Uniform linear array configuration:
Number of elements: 16
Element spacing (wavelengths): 0.75
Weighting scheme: uniform
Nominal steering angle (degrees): -15
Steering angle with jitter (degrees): -13.01
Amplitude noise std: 0.05
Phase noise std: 0.05

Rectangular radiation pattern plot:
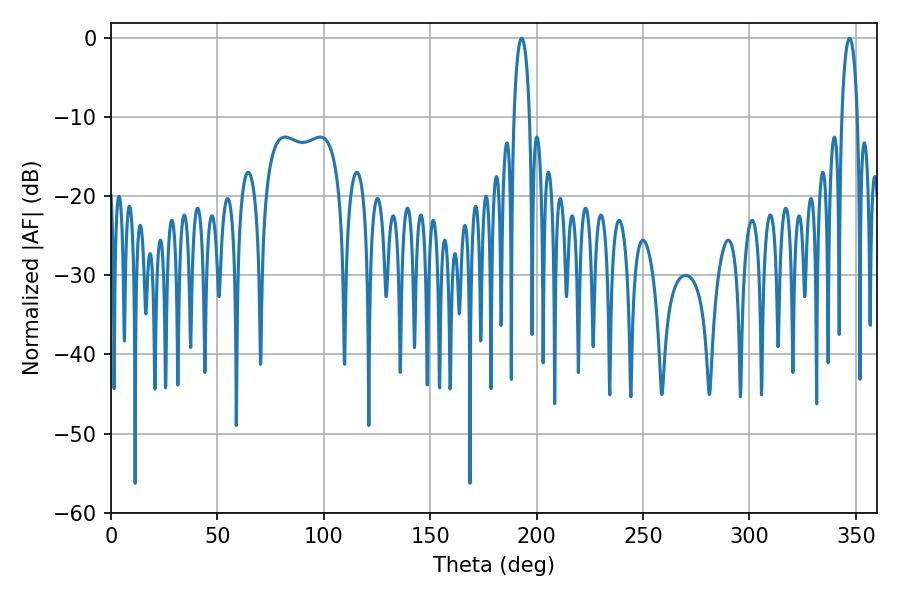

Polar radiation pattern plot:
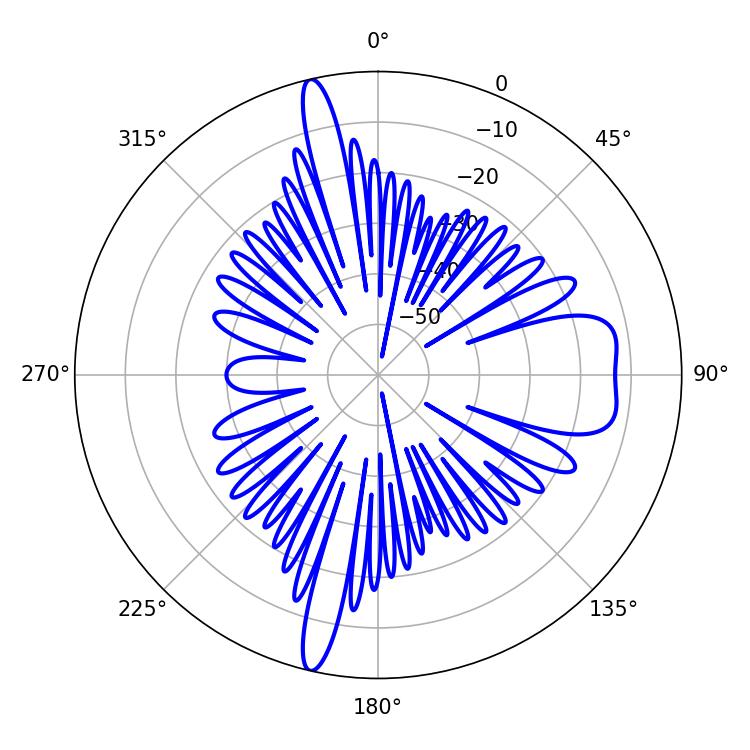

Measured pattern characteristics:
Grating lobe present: TRUE
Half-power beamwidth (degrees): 4.14
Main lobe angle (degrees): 192.96